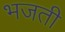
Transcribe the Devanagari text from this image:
भजती